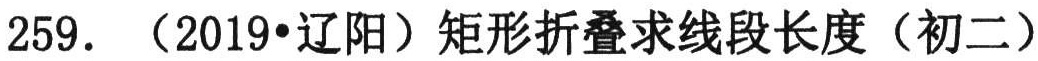
259. （2019•辽阳）矩形折叠求线段长度（初二）